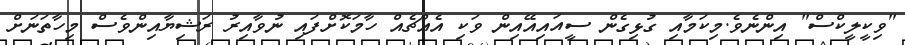
"ވިކީލީކްސް" އިންނެވެ.މިކަމާއި ގުޅިގެން ސީއައިއޭއިން ވަކި އެއްޗެއް ހާމަކޮށްފައި ނުވާއިރު ރަޝިޔާއިންވެސް މިހާތަނަށް